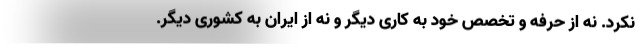
نکرد. نه از حرفه و تخصص خود به کاری دیگر و نه از ایران به کشوری دیگر.